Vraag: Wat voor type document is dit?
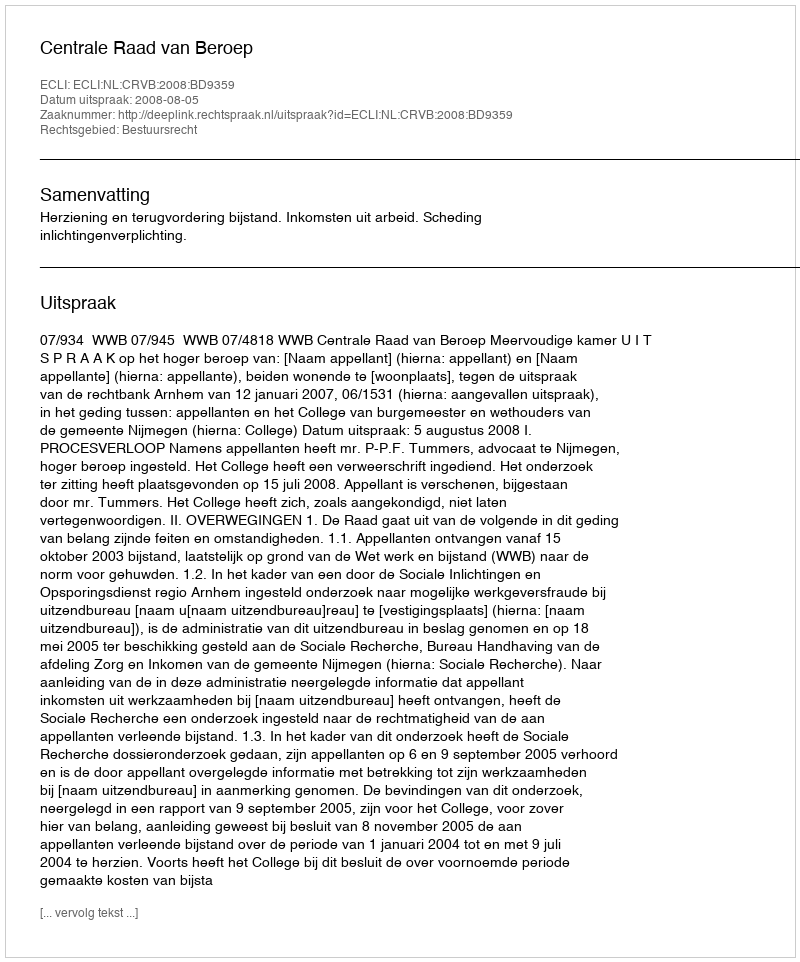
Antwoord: Uitspraak